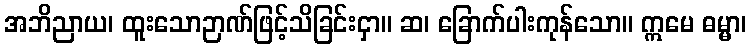
အဘိညာယ၊ ထူးသောဉာဏ်ဖြင့်သိခြင်းငှာ။ ဆ၊ ခြောက်ပါးကုန်သော။ ဣမေ ဓမ္မာ၊